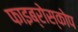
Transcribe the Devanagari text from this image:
फाइब्रोस्कोप